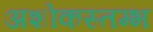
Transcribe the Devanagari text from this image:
अशोकस्तम्भ